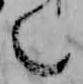
也